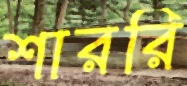
শাররি